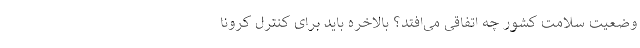
وضعیت سلامت کشور چه اتفاقی می‌افتد؟ بالاخره باید برای کنترل کرونا